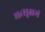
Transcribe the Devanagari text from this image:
यत्सूक्षमं